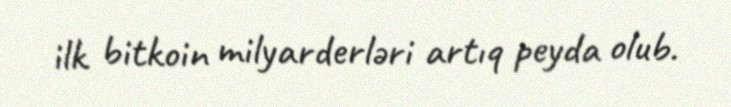
ilk bitkoin milyarderləri artıq peyda olub.